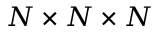
N \times N \times N